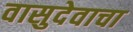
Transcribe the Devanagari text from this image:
वासुदेवाचा